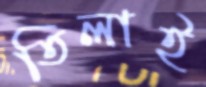
তিলাই